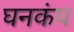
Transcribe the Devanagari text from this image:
घनकंप